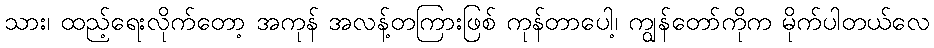
သား၊ ထည့်ရေးလိုက်တော့ အကုန် အလန့်တကြားဖြစ် ကုန်တာပေါ့၊ ကျွန်တော်ကိုက မိုက်ပါတယ်လေ